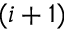
( i + 1 )